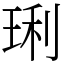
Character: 琍